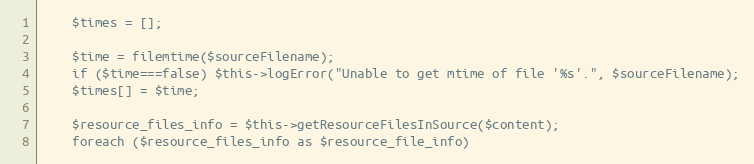
Language: PHP
    $times = [];

    $time = filemtime($sourceFilename);
    if ($time===false) $this->logError("Unable to get mtime of file '%s'.", $sourceFilename);
    $times[] = $time;

    $resource_files_info = $this->getResourceFilesInSource($content);
    foreach ($resource_files_info as $resource_file_info)